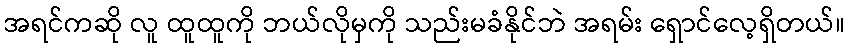
အရင်ကဆို လူ ထူထူကို ဘယ်လိုမှကို သည်းမခံနိုင်ဘဲ အရမ်း ရှောင်လေ့ရှိတယ်။